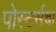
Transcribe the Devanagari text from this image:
पोस्टर्सचा